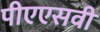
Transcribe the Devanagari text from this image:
पीएएसवी